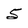
Character: 5